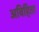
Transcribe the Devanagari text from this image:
अविहिता